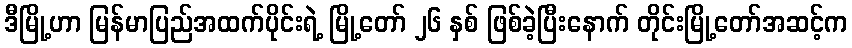
ဒီမြို့ဟာ မြန်မာပြည်အထက်ပိုင်းရဲ့ မြို့တော် ၂၆ နှစ် ဖြစ်ခဲ့ပြီးနောက် တိုင်းမြို့တော်အဆင့်က